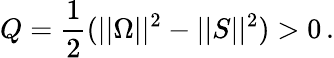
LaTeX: Q=\frac{1}{2}(||\Omega||^{2}-||S||^{2})>0\, .